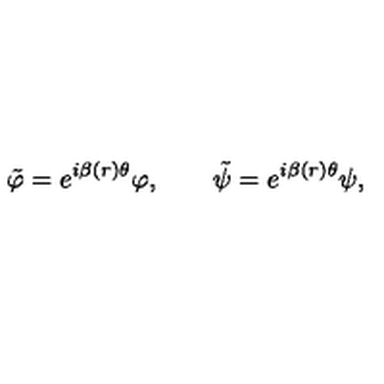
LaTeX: \tilde { \varphi } = e ^ { i \beta ( r ) \theta } \varphi , \qquad \tilde { \psi } = e ^ { i \beta ( r ) \theta } \psi ,